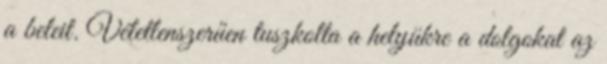
a beleit. Véletlenszerűen tuszkolta a helyükre a dolgokat az